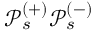
\mathcal { P } _ { s } ^ { ( + ) } \mathcal { P } _ { s } ^ { ( - ) }